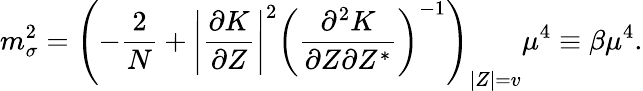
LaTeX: m_{\sigma}^{2}=\left(-\frac{2}{N}+\left|\frac{\partial K}{\partial Z}\right|^{2}\left(\frac{\partial^{2}K}{\partial Z\partial Z^{*}}\right)^{-1}\right)_{\left|Z\right|=v}\mu^{4}\equiv\beta\mu^{4}.